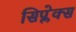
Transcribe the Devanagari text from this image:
सिप्लेक्स